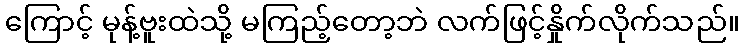
ကြောင့် မုန့်ဗူးထဲသို့ မကြည့်တော့ဘဲ လက်ဖြင့်နှိုက်လိုက်သည်။